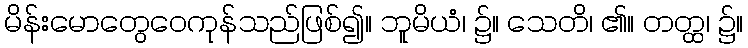
မိန်းမောတွေဝေကုန်သည်ဖြစ်၍။ ဘူမိယံ၊ ၌။ သေတိ၊ ၏။ တတ္ထ၊ ၌။